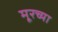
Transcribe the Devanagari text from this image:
मूरच्या